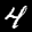
Label: 4